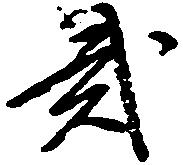
弐